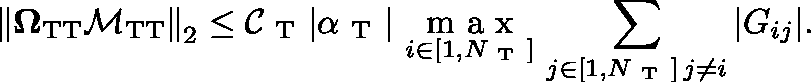
\left\Vert \mathbf { \Omega } _ { \mathrm { T T } } \mathbf { \mathcal { M } } _ { \mathrm { T T } } \right\Vert _ { 2 } \leq \mathcal { C } _ { \mathrm { ~ T ~ } } \triangleq | \alpha _ { \mathrm { ~ T ~ } } | \ \underset { i \in [ 1 , N _ { \mathrm { ~ T ~ } } ] } { \mathrm { ~ m ~ a ~ x ~ } } \, \sum _ { \substack { j \in [ 1 , N _ { \mathrm { ~ T ~ } } ] \, j \neq i } } | G _ { i j } | .